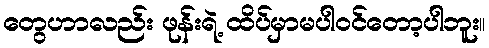
တွေဟာလည်း ဖုန်းရဲ့ ထိပ်မှာမပါဝင်တော့ပါဘူး။